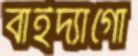
বাইদ্যাগো